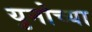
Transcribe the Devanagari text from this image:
युनोच्या